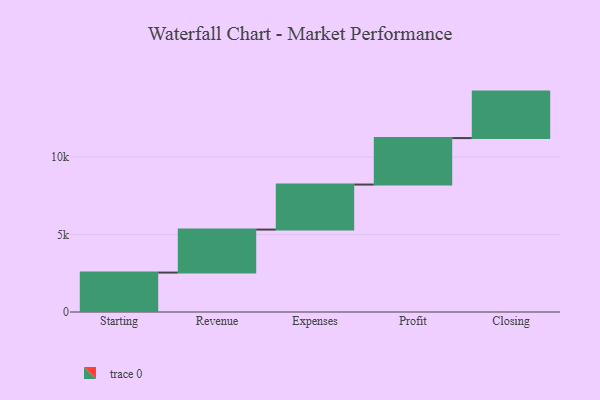
{"axis": {"x": "Step", "y": "Value"}, "legend": [""], "data": [{"x": "Starting", "y": 2545.0, "type": ""}, {"x": "Revenue", "y": 2775.0, "type": ""}, {"x": "Expenses", "y": 2906.0, "type": ""}, {"x": "Profit", "y": 3000, "type": ""}, {"x": "Closing", "y": 3000, "type": ""}]}